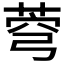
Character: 𦲄